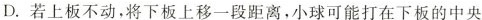
D.若上板不动，将下板上移一段距离，小球可能打在下板的中央